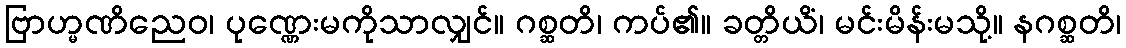
ဗြာဟ္မဏိညေဝ၊ ပုဏ္ဏေးမကိုသာလျှင်။ ဂစ္ဆတိ၊ ကပ်၏။ ခတ္တိယိံ၊ မင်းမိန်းမသို့။ နဂစ္ဆတိ၊